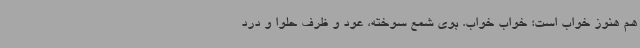
هم هنوز خواب است؛ خواب خواب. بوی شمع سوخته، عود و ظرف حلوا و درد